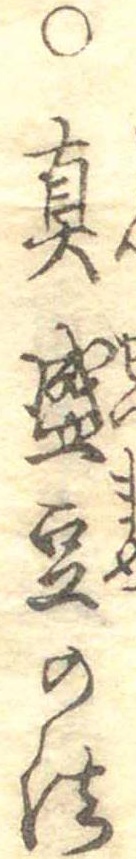
○真盛豆の法